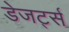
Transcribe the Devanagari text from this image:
डेजर्ट्स